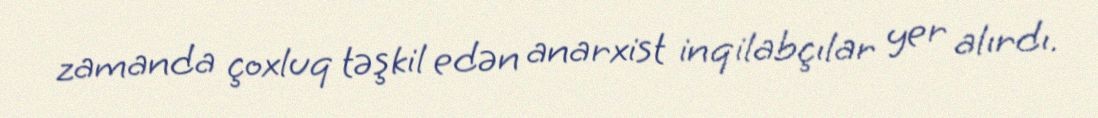
zamanda çoxluq təşkil edən anarxist inqilabçılar yer alırdı.